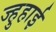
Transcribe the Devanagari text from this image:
ज्हुहाई